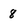
Character: 8